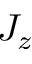
J _ { z }